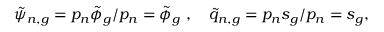
\tilde { \psi } _ { n , g } = p _ { n } \tilde { \phi } _ { g } / p _ { n } = \tilde { \phi } _ { g } \mathrm { ~ , ~ } \; \; \; \tilde { q } _ { n , g } = p _ { n } s _ { g } / p _ { n } = s _ { g } ,